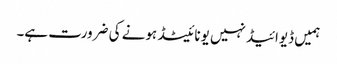
ہمیں ڈیوائیڈ نہیں یونائیٹڈ ہونے کی ضرورت ہے۔